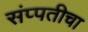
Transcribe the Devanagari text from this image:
संप्पतीचा